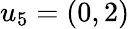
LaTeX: u_{5}=(0,2)